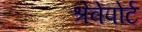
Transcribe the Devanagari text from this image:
श्रेवेपोर्ट